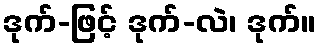
ဒုက်-ဖြင့် ဒုက်-လဲ၊ ဒုက်။